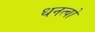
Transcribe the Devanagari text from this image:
धनत्वों